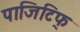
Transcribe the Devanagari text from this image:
पाजिटिफ्